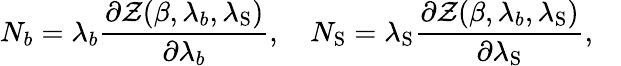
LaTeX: N_{b}=\lambda_{b}{\frac{\partial{\cal Z}(\beta,\lambda_{b},\lambda_{\mathrm{S}})}{\partial\lambda_{b}}},\quad N_{\mathrm{S}}=\lambda_{\mathrm{S}}{\frac{\partial{\cal Z}(\beta,\lambda_{b},\lambda_{\mathrm{S}})}{\partial\lambda_{\mathrm{S}}}},\quad